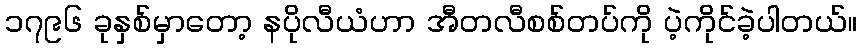
၁၇၉၆ ခုနှစ်မှာတော့ နပိုလီယံဟာ အီတလီစစ်တပ်ကို ပဲ့ကိုင်ခဲ့ပါတယ်။